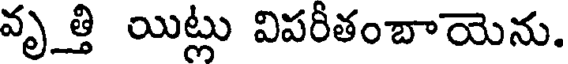
వృత్తి యిట్లు విపరీతంబాయెను.